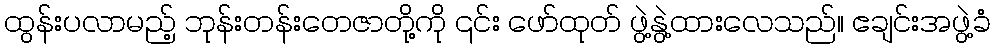
ထွန်းပလာမည့် ဘုန်းတန်းတေဇာတို့ကို ၎င်း ဖော်ထုတ် ဖွဲ့နွဲ့ထားလေသည်။ ဧချင်းအဖွဲ့ခံ